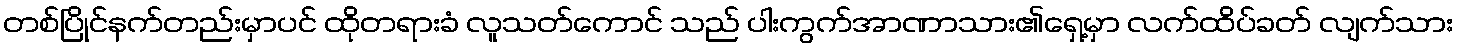
တစ်ပြိုင်နက်တည်းမှာပင် ထိုတရားခံ လူသတ်ကောင် သည် ပါးကွက်အာဏာသား၏ရှေ့မှာ လက်ထိပ်ခတ် လျက်သား